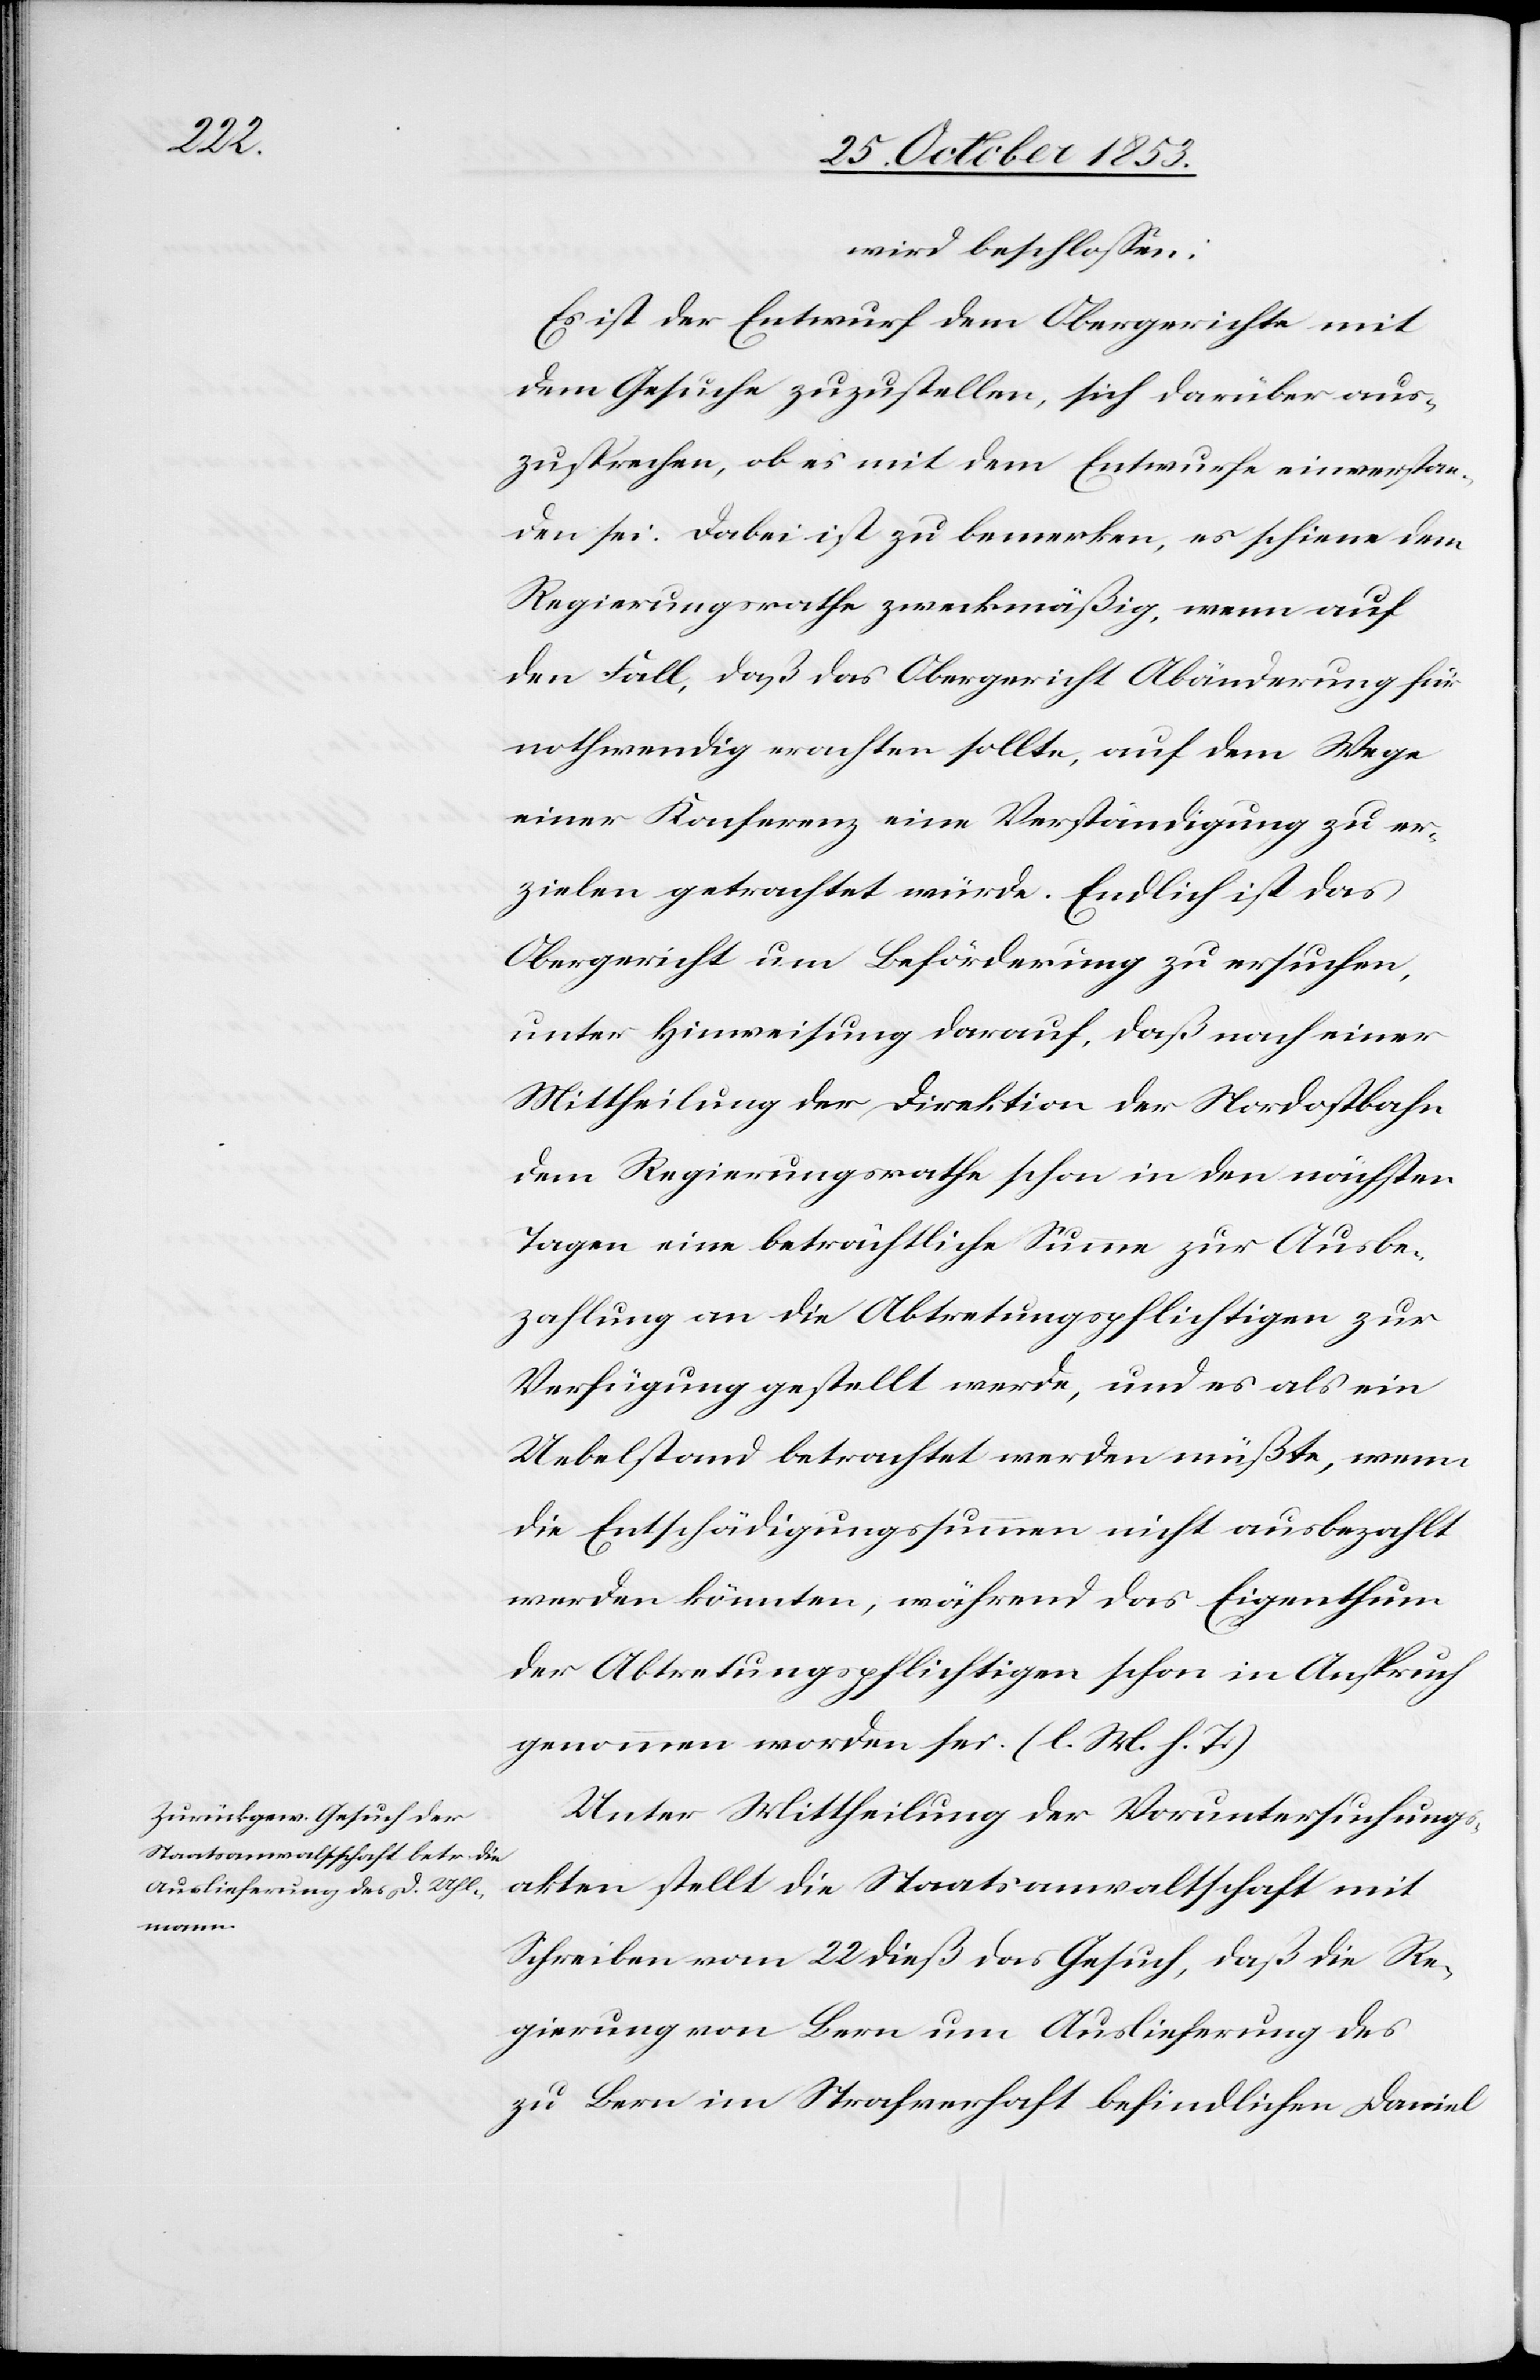
wird beschloßen:
Es ist der Entwurf dem Obergerichte mit
dem Gesuche zuzustellen, sich darüber aus¬
zusprechen, ob es mit dem Entwurfe einverstan¬
den sei; Dabei ist zu bemerken, es schiene dem
Regierungsrathe zweckmäßig, wenn auf
den Fall, daß das Obergericht Abänderung für
nothwendig erachten sollte, auf dem Weg
einer Konferenz eine Verständigung zu er¬
zielen getrachtet würde. Endlich ist das
Obergericht um Beförderung zu ersuchen,
unter Hinweisung darauf, daß nach einer
Mittheilung der Direktion der Nordostbahn
dem Regierungsrathe schon in den nächsten
Tagen eine beträchtliche Summe zur Ausbe¬
zahlung an die Abtretungspflichtigen zur
Verfügung gestellt werde, und es als ein
Uebelstand betrachtet werden müßte, wenn
die Entschädigungssummen nicht ausbezahlt
werden könnten, während das Eigenthum
der Abtretungspflichtigen schon in Anspruch
genommen worden sei. [l. M. h. T]
Unter Mittheilung der Voruntersuchungs¬
akten stellt die Staatsanwaltschaft mit
Schreiben vom 22 dieß das Gesuch, daß die Re¬
gierung von Bern um Auslieferung des
zu Bern im Strafverhaft befindlichen Daniel